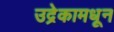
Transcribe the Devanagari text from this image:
उद्रेकामधून